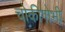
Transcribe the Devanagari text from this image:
चोकीगोभी